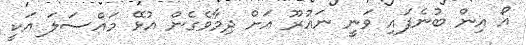
އޯ އިން ބުނެފައި ވަނީ ނައުރޫ އަށް ދިމާވެގެން އުޅޭ މައްސަލަ އަކީ